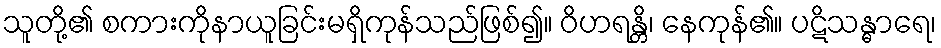
သူတို့၏ စကားကိုနာယူခြင်းမရှိကုန်သည်ဖြစ်၍။ ဝိဟရန္တိ၊ နေကုန်၏။ ပဋိသန္ဓာရေ၊